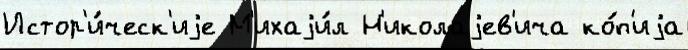
Истор'и́ческ'иjе М'ихаjи́л Н'иколаjев'ича ко́п'иjа